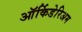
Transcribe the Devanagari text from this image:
ऑर्किडेरिअम